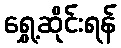
ရွှေ့ဆိုင်းရန်